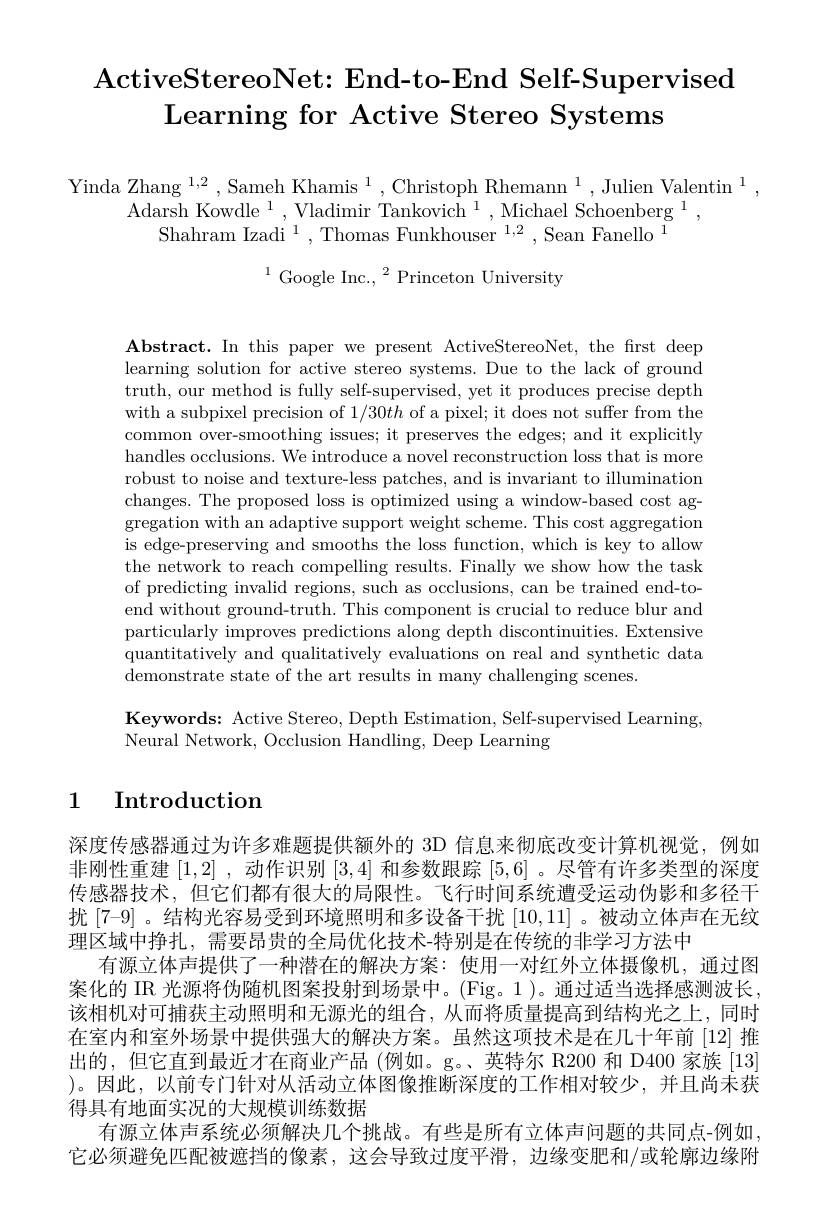
# ActiveStereoNet: End- to- End Self- Supervised Learning for Active Stereo Systems

$\begin{array}{c}{\mathrm{Yinda~Zhang~}^{1,2},\mathrm{Sameh~Khamis~}^{1},\mathrm{Christoph~Rhemann~}^{1},\mathrm{Julien~Valentin~}^{1},}\\{\mathrm{Adarsh~Kowdle~}^{1},\mathrm{Vladimir~Tankovich~}^{1},\mathrm{Michael~Schoenberg~}^{1},}\\{\mathrm{Shahram~Izadi~}^{1},\mathrm{Thomas~Funkhouser~}^{1,2},\mathrm{Sean~Fanello~}^{1}}\end{array}$

$^{1}\text{Google Inc.,}^{2}$Princeton University

$\mathbf{Abstract.~In~this~paper~we~present~ActiveStereoNet,~the~first~deep}$ learning solution for active stereo systems. Due to the lack of ground truth, our method is fully self-supervised, yet it produces precise depth with a subpixel precision of $1/30th$ of a pixel; it does not suffer from the common over-smoothing issues; it preserves the edges; and it explicitly handles occlusions. We introduce a novel reconstruction loss that is more robust to noise and texture-less patches, and is invariant to illumination changes. The proposed loss is optimized using a window-based cost aggregation with an adaptive support weight scheme. This cost aggregation is edge-preserving and smooths the loss function, which is key to allow the network to reach compelling results. Finally we show how the task of predicting invalid regions, such as occlusions, can be trained end-toend without ground-truth. This component is crucial to reduce blur and particularly improves predictions along depth discontinuities. Extensive quantitatively and qualitatively evaluations on real and synthetic data demonstrate state of the art results in many challenging scenes.

Keywords: Active Stereo, Depth Estimation, Self-supervised Learning,
Neural Network, Occlusion Handling, Deep Learning

## 1 Introduction

深度传感器通过为许多难题提供额外的 3D 信息来彻底改变计算机视觉，例如非刚性重建[1,2] ,动作识别[3,4]和参数跟踪[5,6] 。尽管有许多类型的深度传感器技术，但它们都有很大的局限性。飞行时间系统遭受运动伪影和多径干扰 [7-9] 。结构光容易受到环境照明和多设备干扰[10,11] 。被动立体声在无纹理区域中挣扎，需要昂贵的全局优化技术-特别是在传统的非学习方法中
有源立体声提供了一种潜在的解决方案：使用一对红外立体摄像机，通过图案化的 IR 光源将伪随机图案投射到场景中。(Fig。1)。通过适当选择感测波长该相机对可捕获主动照明和无源光的组合，从而将质量提高到结构光之上，同时在室内和室外场景中提供强大的解决方案。虽然这项技术是在几十年前[12]推出的，但它直到最近才在商业产品 (例如。g。、英特尔 R200 和 D400 家族 [13] )。因此，以前专门针对从活动立体图像推断深度的工作相对较少，并且尚未获得具有地面实况的大规模训练数据
有源立体声系统必须解决几个挑战。有些是所有立体声问题的共同点-例如它必须避免匹配被遮挡的像素，这会导致过度平滑，边缘变肥和/或轮廓边缘附